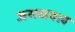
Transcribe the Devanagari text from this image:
जसधवल